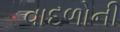
વાદળોની